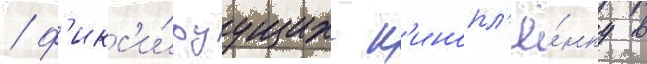
/ ф'икс'и́руущих к'инопл'ё́нку в